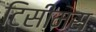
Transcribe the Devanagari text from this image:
टिसीमस